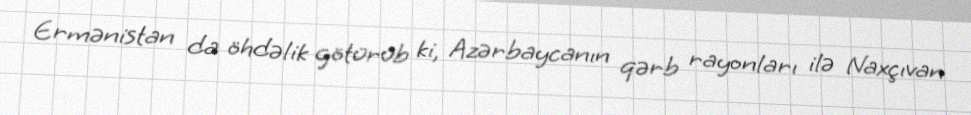
Ermənistan da öhdəlik götürüb ki, Azərbaycanın qərb rayonları ilə Naxçıvan